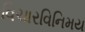
વિચારવિનિમય